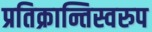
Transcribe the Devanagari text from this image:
प्रतिक्रान्तिस्वरुप